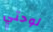
لوحتي